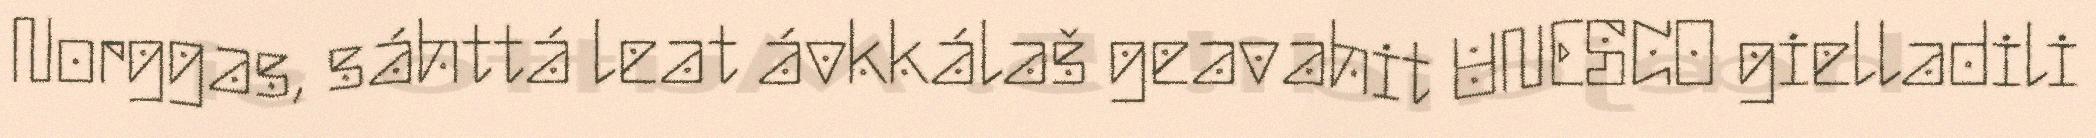
Norggas, sáhttá leat ávkkálaš geavahit UNESCO gielladili